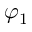
\varphi _ { 1 }